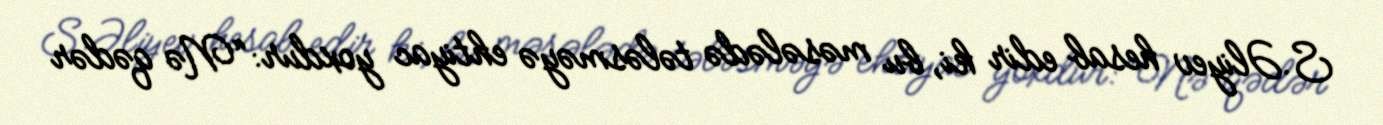
S.Əliyev hesab edir ki, bu məsələdə tələsməyə ehtiyac yoxdur: “Nə qədər